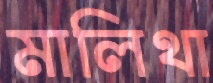
মালিথা